Indian journal of veterinary science and animal husbandry - Volumes 15-17, 1948-1951
Year: 1948
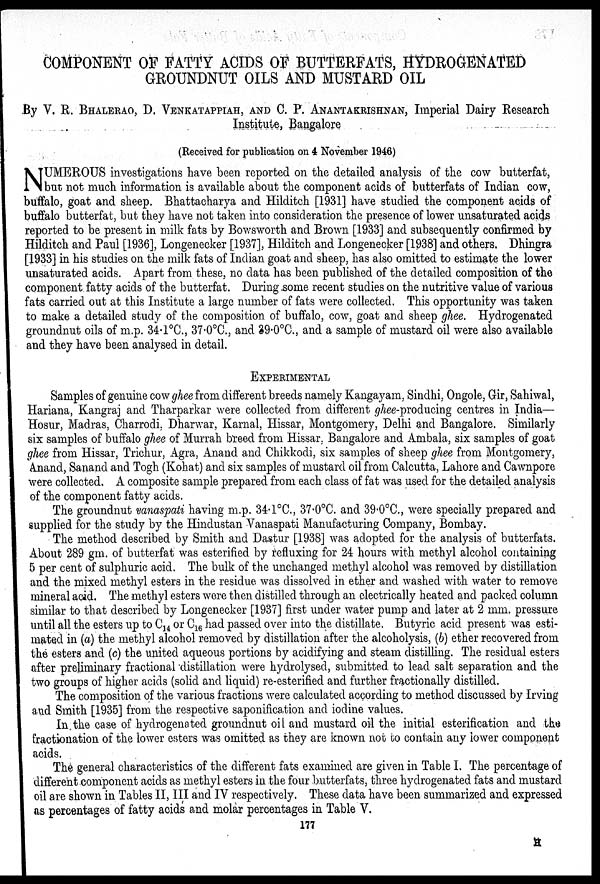
COMPONENT OF FATTY ACIDS OF BUTTERFATS, HYDROGENATED
GROUNDNUT OILS AND MUSTARD OIL
By V. R. BHALERAO, D. VENKATAPPIAH, AND C. P. ANANTAKRISHNAN, Imperial Dairy Research
Institute, Bangalore
(Received for publication on 4 November 1946)
N UMEROUS investigations have been reported on the detailed analysis of the cow butterfat,
but not much information is available about the component acids of butterfats of Indian cow,
buffalo, goat and sheep. Bhattacharya and Hilditch [1931] have studied the component acids of
buffalo butterfat, but they have not taken into consideration the presence of lower unsaturated acids
reported to be present in milk fats by Bowsworth and Brown [1933] and subsequently confirmed by
Hilditch and Paul [1936], Longenecker [1937], Hilditch and Longenecker [1938] and others. Dhingra
[1933] in his studies on the milk fats of Indian goat and sheep, has also omitted to estimate the lower
unsaturated acids. Apart from these, no data has been published of the detailed composition of the
component fatty acids of the butterfat. During some recent studies on the nutritive value of various
fats carried out at this Institute a large number of fats were collected. This opportunity was taken
to make a detailed study of the composition of buffalo, cow, goat and sheep ghee. Hydrogenated
groundnut oils of m.p. 34.1ºC., 37.0ºC., and 39.0ºC., and a sample of mustard oil were also available
and they have been analysed in detail.
EXPERIMENTAL
Samples of genuine cow ghee from different breeds namely Kangayam, Sindhi, Ongole, Gir, Sahiwal,
Hariana, Kangraj and Tharparkar were collected from different ghee-producing centres in India—
Hosur, Madras, Charrodi, Dharwar, Karnal, Hissar, Montgomery, Delhi and Bangalore. Similarly
six samples of buffalo ghee of Murrah breed from Hissar, Bangalore and Ambala, six samples of goat
ghee from Hissar, Trichur, Agra, Anand and Chikkodi, six samples of sheep ghee from Montgomery,
Anand, Sanand and Togh (Kohat) and six samples of mustard oil from Calcutta, Lahore and Cawnpore
were collected. A composite sample prepared from each class of fat was used for the detailed analysis
of the component fatty acids.
The groundnut vanaspati having m.p. 34.1ºC., 37.0ºC. and 39.0ºC, were specially prepared and
supplied for the study by the Hindustan Vanaspati Manufacturing Company, Bombay.
The method described by Smith and Dastur [1938] was adopted for the analysis of butterfats.
About 289 gm. of butterfat was esterified by refluxing for 24 hours with methyl alcohol containing
5 per cent of sulphuric acid. The bulk of the unchanged methyl alcohol was removed by distillation
and the mixed methyl esters in the residue was dissolved in ether and washed with water to remove
mineral acid. The methyl esters were then distilled through an electrically heated and packed column
similar to that described by Longenecker [1937] first under water pump and later at 2 mm. pressure
until all the esters up to C 14 or C 16 had passed over into the distillate. Butyric acid present was esti-
mated in (a) the methyl alcohol removed by distillation after the alcoholysis, (b) ether recovered from
the esters and (c) the united aqueous portions by acidifying and steam distilling. The residual esters
after preliminary fractional distillation were hydrolysed, submitted to lead salt separation and the
two groups of higher acids (solid and liquid) re-esterified and further fractionally distilled.
The composition of the various fractions were calculated according to method discussed by Irving
and Smith [1935] from the respective saponification and iodine values.
In the case of hydrogenated groundnut oil and mustard oil the initial esterification and the
fractionation of the lower esters was omitted as they are known not to contain any lower component
acids.
The general characteristics of the different fats examined are given in Table I. The percentage of
different component acids as methyl esters in the four butterfats, three hydrogenated fats and mustard
oil are shown in Tables II, III and IV respectively. These data have been summarized and expressed
as percentages of fatty acids and molar percentages in Table V.
177
H